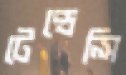
টেন্ডেন্সি